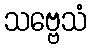
သဗ္ဗေသံ